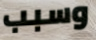
وسبب